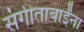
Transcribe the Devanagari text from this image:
संगीताबाईंना